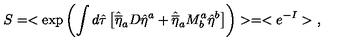
S = < \exp \left( \int d \hat { \tau } \left[ \hat { \overline { { \eta } } } _ { a } D \hat { \eta } ^ { a } + \hat { \overline { { \eta } } } _ { a } M _ { b } ^ { a } \hat { \eta } ^ { b } \right] \right) > = < e ^ { - I } > \ ,